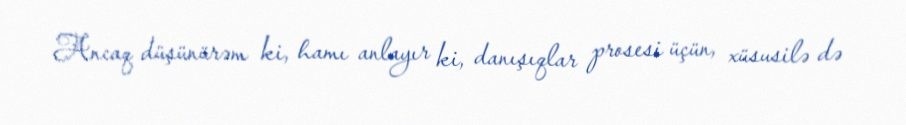
Ancaq düşünürəm ki, hamı anlayır ki, danışıqlar prosesi üçün, xüsusilə də